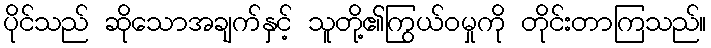
ပိုင်သည် ဆိုသောအချက်နှင့် သူတို့၏ကြွယ်ဝမှုကို တိုင်းတာကြသည်။